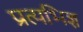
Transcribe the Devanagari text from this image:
प्रत्यभिज्ञ